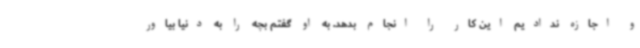
و اجازه ندادیم این کار را انجام بدهد. به او گفتم بچه را به دنیا بیاور